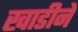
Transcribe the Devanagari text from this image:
खाडीने